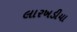
લારખડીયા